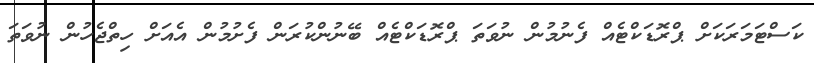
ކަސްޓަމަރަކަށް ޕްރޮޑަކްޓެއް ފެނުމުން ނުވަތަ ޕްރޮޑަކްޓެއް ބޭނުންކުރަން ފެށުމުން އެއަށް ހިތްޖެހުން ނުވަތަ